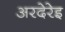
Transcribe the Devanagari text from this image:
अरदेरेइ